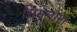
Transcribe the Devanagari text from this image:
सिमलाना